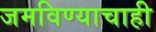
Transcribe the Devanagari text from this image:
जमविण्याचाही